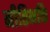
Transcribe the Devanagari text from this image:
नीतिभक्ति